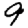
Digit: 9